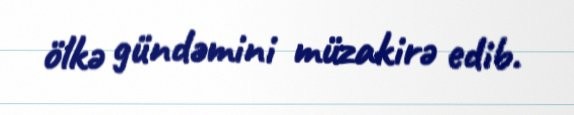
ölkə gündəmini müzakirə edib.